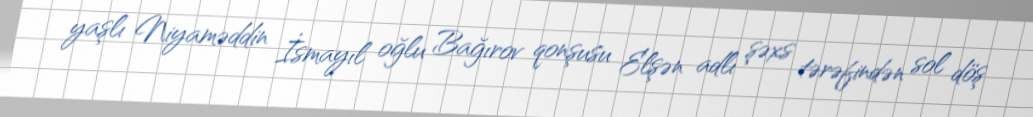
yaşlı Niyaməddin İsmayıl oğlu Bağırov qonşusu Elşən adlı şəxs tərəfindən sol döş